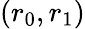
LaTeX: (r_{0},r_{1})